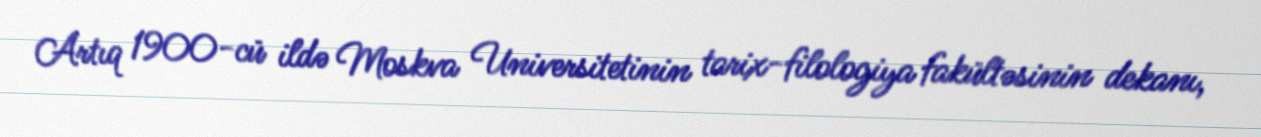
Artıq 1900-cü ildə Moskva Universitetinin tarix-filologiya fakültəsinin dekanı,